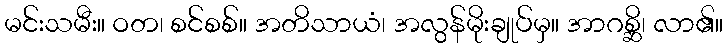
မင်းသမီး။ ဝတ၊ စင်စစ်။ အတိသာယံ၊ အလွန်မိုးချုပ်မှ။ အာဂစ္ဆိ၊ လာ၏။